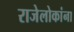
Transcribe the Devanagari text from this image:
राजेलोकांना